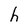
Character: h